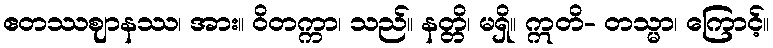
ဧတဿဈာနဿ၊ အား။ ဝိတက္ကာ၊ သည်။ နတ္တိ၊ မရှိ။ ဣတိ- တသ္မာ၊ ကြောင့်။